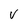
Character: V